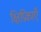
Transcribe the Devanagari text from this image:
क्षिप्रिकाएँ